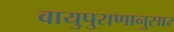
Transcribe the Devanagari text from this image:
वायुपुराणानुसार